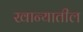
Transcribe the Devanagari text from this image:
खान्यातील